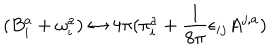
( B _ { i } ^ { a } + \omega _ { i } ^ { a } ) \leftrightarrow 4 \pi ( \pi _ { i } ^ { a } + \frac { 1 } { 8 \pi } \epsilon _ { i j } A ^ { j , a } )